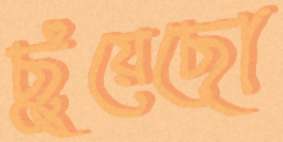
ছুঁয়েছো